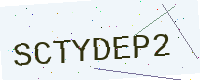
Text: SCTYDEP2